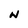
Character: N